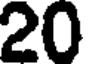
20